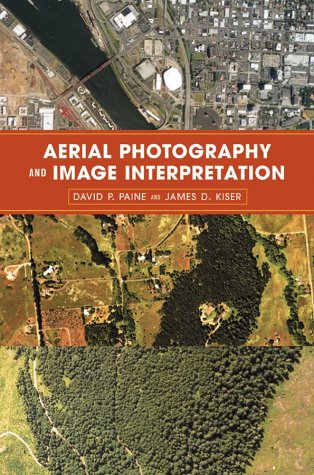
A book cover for Aerial Photography and Image Interpretation; David P. Paine; Arts & Photography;